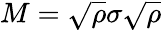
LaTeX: M={\sqrt{\rho}}\sigma{\sqrt{\rho}}